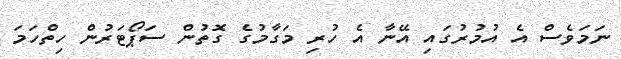
ނަމަވެސް އެ އުމުރުގައި އޭނާ އެ ހުރި މަގާމުގެ ގޮތުން ސަޕޯޓަރުން ހިތްހަމަ